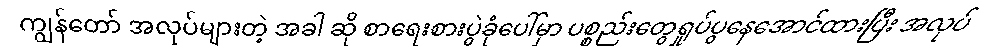
ကျွန်တော် အလုပ်များတဲ့ အခါ ဆို စာရေးစားပွဲခုံပေါ်မှာ ပစ္စည်းတွေရှုပ်ပွနေအောင်ထားပြီး အလုပ်